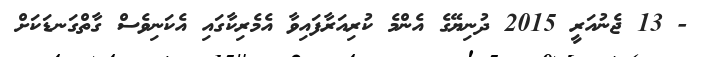
- 13 ޖެނުއަރީ 2015 ދުނިޔޭގެ އެންމެ ކުރިއަރާފައިވާ އެމެރިކާގައި އެކަނިވެސް ގާތްގަނޑަކަށް